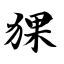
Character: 猓